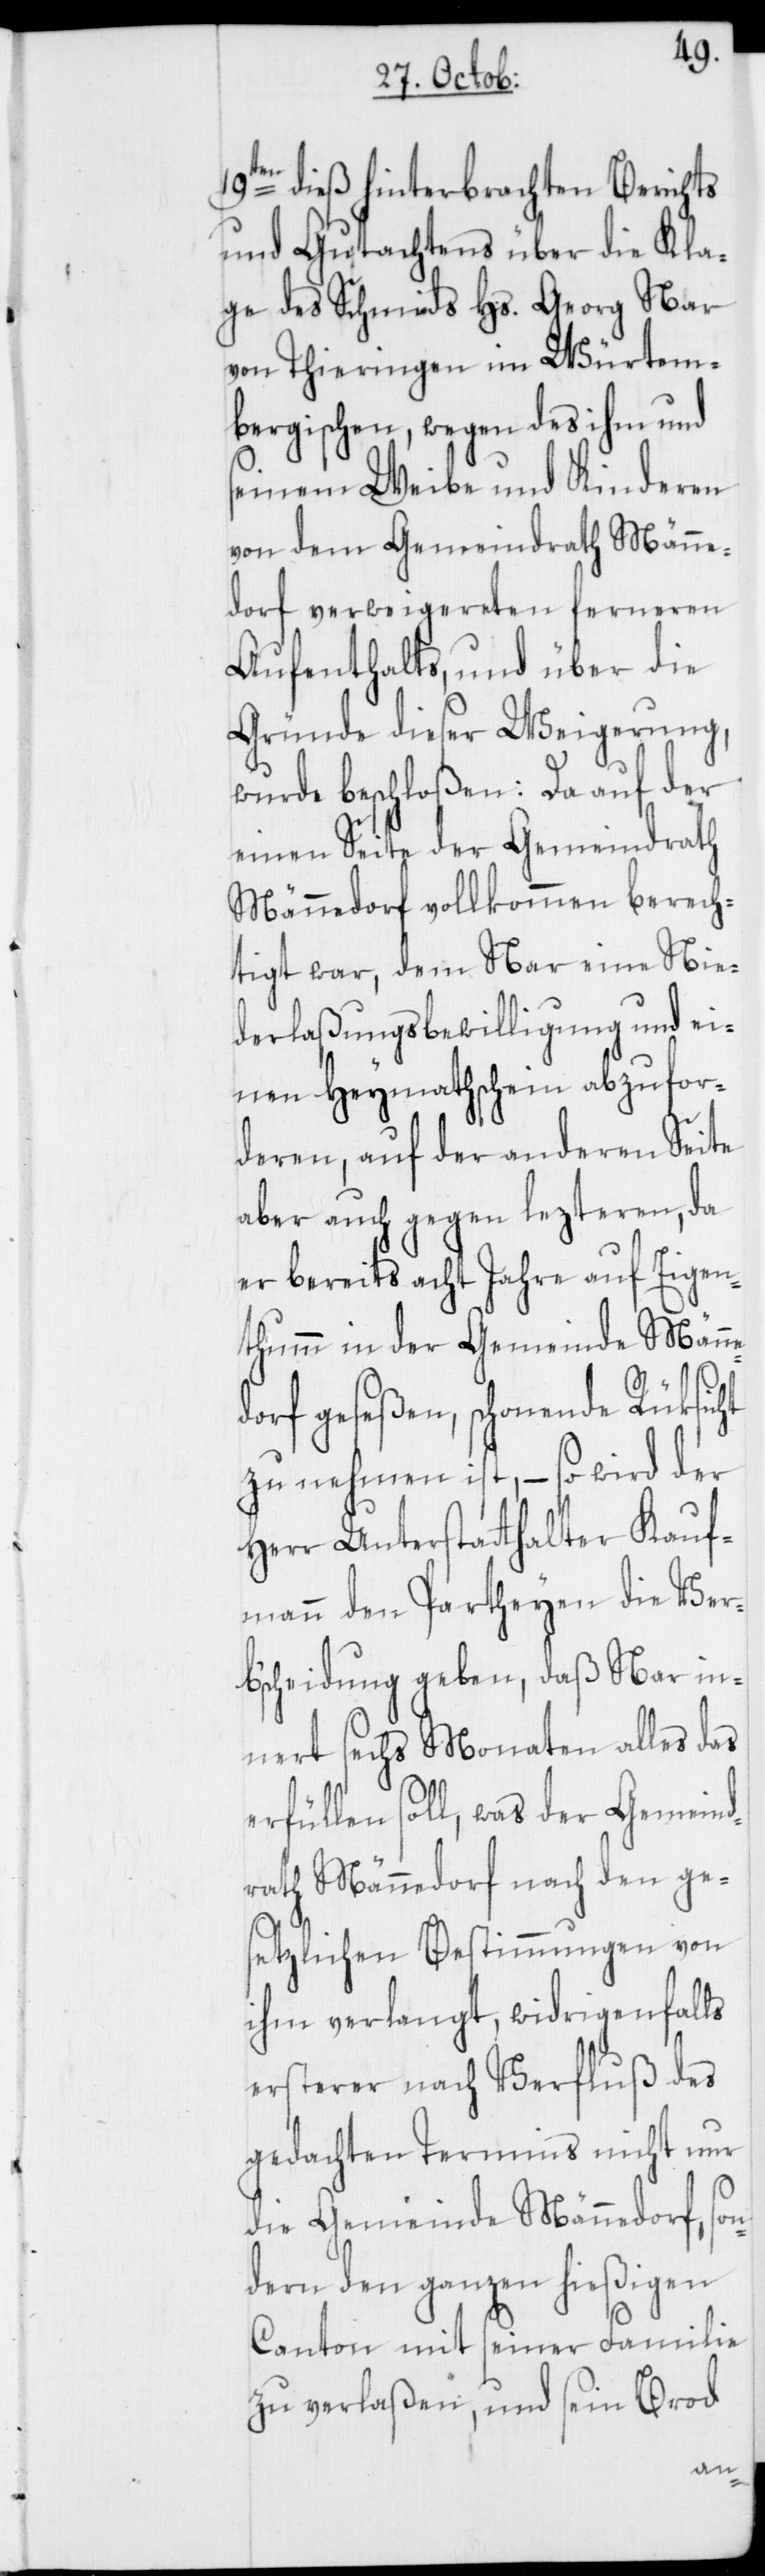
19ten dieß hinterbrachten Berichts
und Gutachtens über die Kla¬
ge des Schmids Hs. Georg Nar
von Thieringen im Würtem¬
bergischen, wegen des ihm und
seinem Weibe und Kinderen
von dem Gemeindrath Männe¬
dorf verweigereten ferneren
Aufenthalts, und über die
Gründe dieser Weigerung,
wurde beschloßen: Da auf der
einen Seite der Gemeindrath
Männedorf vollkommen berech¬
tigt war, dem Nar eine Nie¬
derlaßungsbewilligung und ei¬
nen Heymathschein abzufor¬
deren, auf der anderen Seite
aber auch gegen lezteren, da
er bereits acht Jahre auf Eigen¬
thumm in der Gemeinde Männe¬
dorf geseßen, schonende Rüksicht
zu nehmen ist, – so wird der
Herr Unterstatthalter Kauf¬
mann den Partheyen die Ver¬
b'scheidung geben, daß Nar in¬
nert sechs Monaten alles das
erfüllen soll, was der Gemeind¬
rath Männedorf nach den ge¬
setzlichen Bestimmungen von
ihm verlangt, widrigenfalls
ersterer nach Verfluß des
gedachten Termins nicht nur
die Gemeinde Männedorf, son¬
dern den ganzen hießigen
Canton mit seiner Familie
zu verlaßen, und sein Brod